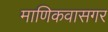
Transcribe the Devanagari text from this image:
माणिकवासगर